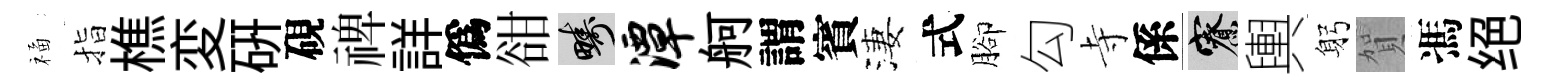
福指樵変硏硯禆詳僞𧮳疇潭舸謂賓淒式腳勾寺係寮輿躬賀馮绝